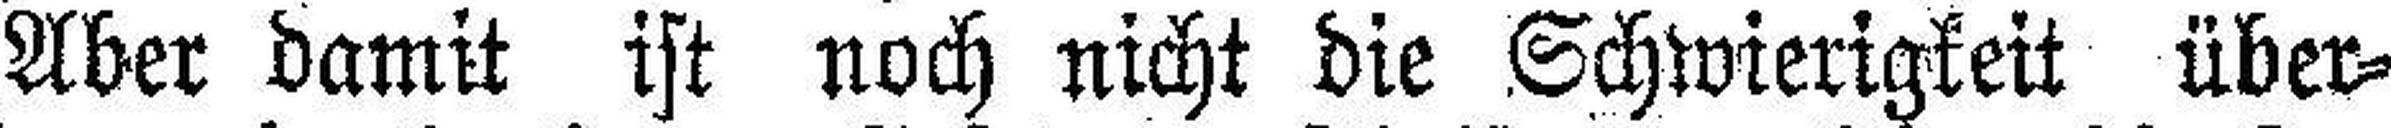
Aber damit ist noch nicht die Schwierigkeit über¬